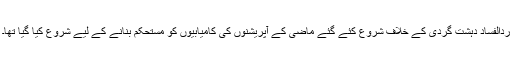
ردالفساد دہشت گردی کے خلاف شروع کئے گئے ماضی کے آپریشنوں کی کامیابیوں کو مستحکم بنانے کے لیے شروع کیا گیا تھا۔